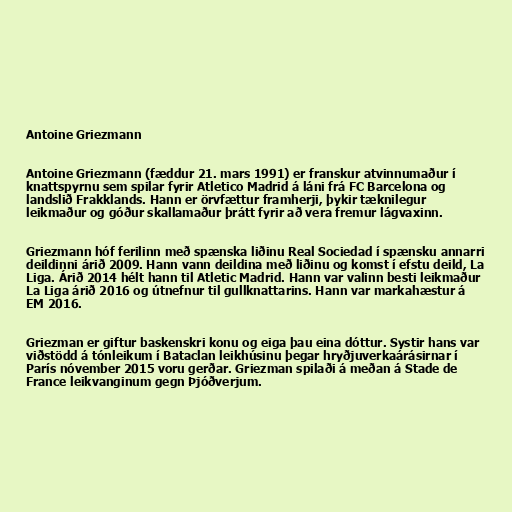
Antoine Griezmann

Antoine Griezmann (fæddur 21. mars 1991) er franskur atvinnumaður í
knattspyrnu sem spilar fyrir Atletico Madrid á láni frá FC Barcelona og
landslið Frakklands. Hann er örvfættur framherji, þykir tæknilegur
leikmaður og góður skallamaður þrátt fyrir að vera fremur lágvaxinn.

Griezmann hóf ferilinn með spænska liðinu Real Sociedad í spænsku annarri
deildinni árið 2009. Hann vann deildina með liðinu og komst í efstu deild, La
Liga. Árið 2014 hélt hann til Atletic Madrid. Hann var valinn besti leikmaður
La Liga árið 2016 og útnefnur til gullknattarins. Hann var markahæstur á
EM 2016.

Griezman er giftur baskenskri konu og eiga þau eina dóttur. Systir hans var
viðstödd á tónleikum í Bataclan leikhúsinu þegar hryðjuverkaárásirnar í
París nóvember 2015 voru gerðar. Griezman spilaði á meðan á Stade de
France leikvanginum gegn Þjóðverjum.